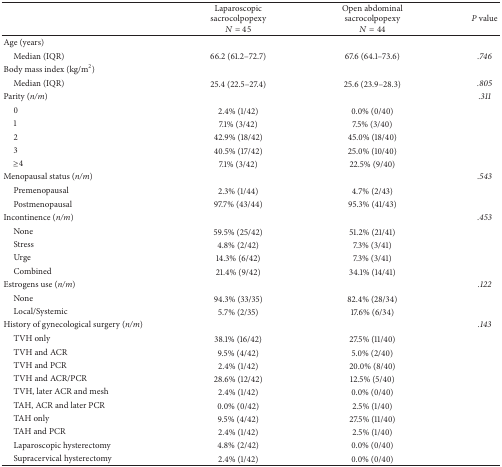
<table><thead><tr><td><b> </b></td><td><b>Laparoscopic sacrocolpopexy<i>N</i> = 45</b></td><td><b>Open abdominal sacrocolpopexy<i>N</i> = 44</b></td><td><b><i>P</i> value</b></td></tr></thead><tbody><tr><td>Age (years)</td><td> </td><td> </td><td> </td></tr><tr><td> Median (IQR)</td><td>66.2 (61.2–72.7)</td><td>67.6 (64.1–73.6)</td><td><i>.746 </i></td></tr><tr><td>Body mass index (kg/m<sup>2</sup>)</td><td> </td><td> </td><td> </td></tr><tr><td> Median (IQR)</td><td>25.4 (22.5–27.4)</td><td>25.6 (23.9–28.3)</td><td><i>.805 </i></td></tr><tr><td>Parity (<i>n/m</i>)</td><td> </td><td> </td><td><i>.311 </i></td></tr><tr><td> 0</td><td>2.4% (1/42)</td><td>0.0% (0/40)</td><td> </td></tr><tr><td> 1</td><td>7.1% (3/42)</td><td>7.5% (3/40)</td><td> </td></tr><tr><td> 2</td><td>42.9% (18/42)</td><td>45.0% (18/40)</td><td> </td></tr><tr><td> 3</td><td>40.5% (17/42)</td><td>25.0% (10/40)</td><td> </td></tr><tr><td> ≥4</td><td>7.1% (3/42)</td><td>22.5% (9/40)</td><td> </td></tr><tr><td>Menopausal status (<i>n/m</i>)</td><td> </td><td> </td><td><i>.543 </i></td></tr><tr><td> Premenopausal</td><td>2.3% (1/44)</td><td>4.7% (2/43)</td><td> </td></tr><tr><td> Postmenopausal</td><td>97.7% (43/44)</td><td>95.3% (41/43)</td><td> </td></tr><tr><td>Incontinence (<i>n/m</i>)</td><td> </td><td> </td><td><i>.453 </i></td></tr><tr><td> None</td><td>59.5% (25/42)</td><td>51.2% (21/41)</td><td> </td></tr><tr><td> Stress</td><td>4.8% (2/42)</td><td>7.3% (3/41)</td><td> </td></tr><tr><td> Urge</td><td>14.3% (6/42)</td><td>7.3% (3/41)</td><td> </td></tr><tr><td> Combined</td><td>21.4% (9/42)</td><td>34.1% (14/41)</td><td> </td></tr><tr><td>Estrogens use (<i>n/m</i>)</td><td> </td><td> </td><td><i>.122 </i></td></tr><tr><td> None</td><td>94.3% (33/35)</td><td>82.4% (28/34)</td><td> </td></tr><tr><td> Local/Systemic</td><td>5.7% (2/35)</td><td>17.6% (6/34)</td><td> </td></tr><tr><td>History of gynecological surgery (<i>n/m</i>)</td><td> </td><td> </td><td><i>.143 </i></td></tr><tr><td> TVH only</td><td>38.1% (16/42)</td><td>27.5% (11/40)</td><td> </td></tr><tr><td> TVH and ACR</td><td>9.5% (4/42)</td><td>5.0% (2/40)</td><td> </td></tr><tr><td> TVH and PCR</td><td>2.4% (1/42)</td><td>20.0% (8/40)</td><td> </td></tr><tr><td> TVH and ACR/PCR</td><td>28.6% (12/42)</td><td>12.5% (5/40)</td><td> </td></tr><tr><td> TVH, later ACR and mesh</td><td>2.4% (1/42)</td><td>0.0% (0/40)</td><td> </td></tr><tr><td> TAH, ACR and later PCR</td><td>0.0% (0/42)</td><td>2.5% (1/40)</td><td> </td></tr><tr><td> TAH only</td><td>9.5% (4/42)</td><td>27.5% (11/40)</td><td> </td></tr><tr><td> TAH and PCR</td><td>2.4% (1/42)</td><td>2.5% (1/40)</td><td> </td></tr><tr><td> Laparoscopic hysterectomy</td><td>4.8% (2/42)</td><td>0.0% (0/40)</td><td> </td></tr><tr><td> Supracervical hysterectomy</td><td>2.4% (1/42)</td><td>0.0% (0/40)</td><td> </td></tr></tbody></table>